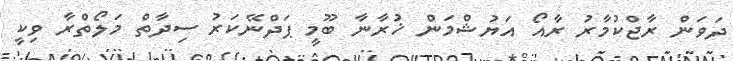
ދަވަން ރާޖްކުމާރު ރާއޯ އަޔުޝްމަން ޚުރާނާ ބޫމީ ޕަދްނޭކަރު ސިދާތް މަލޯތްރާ ވިކީ